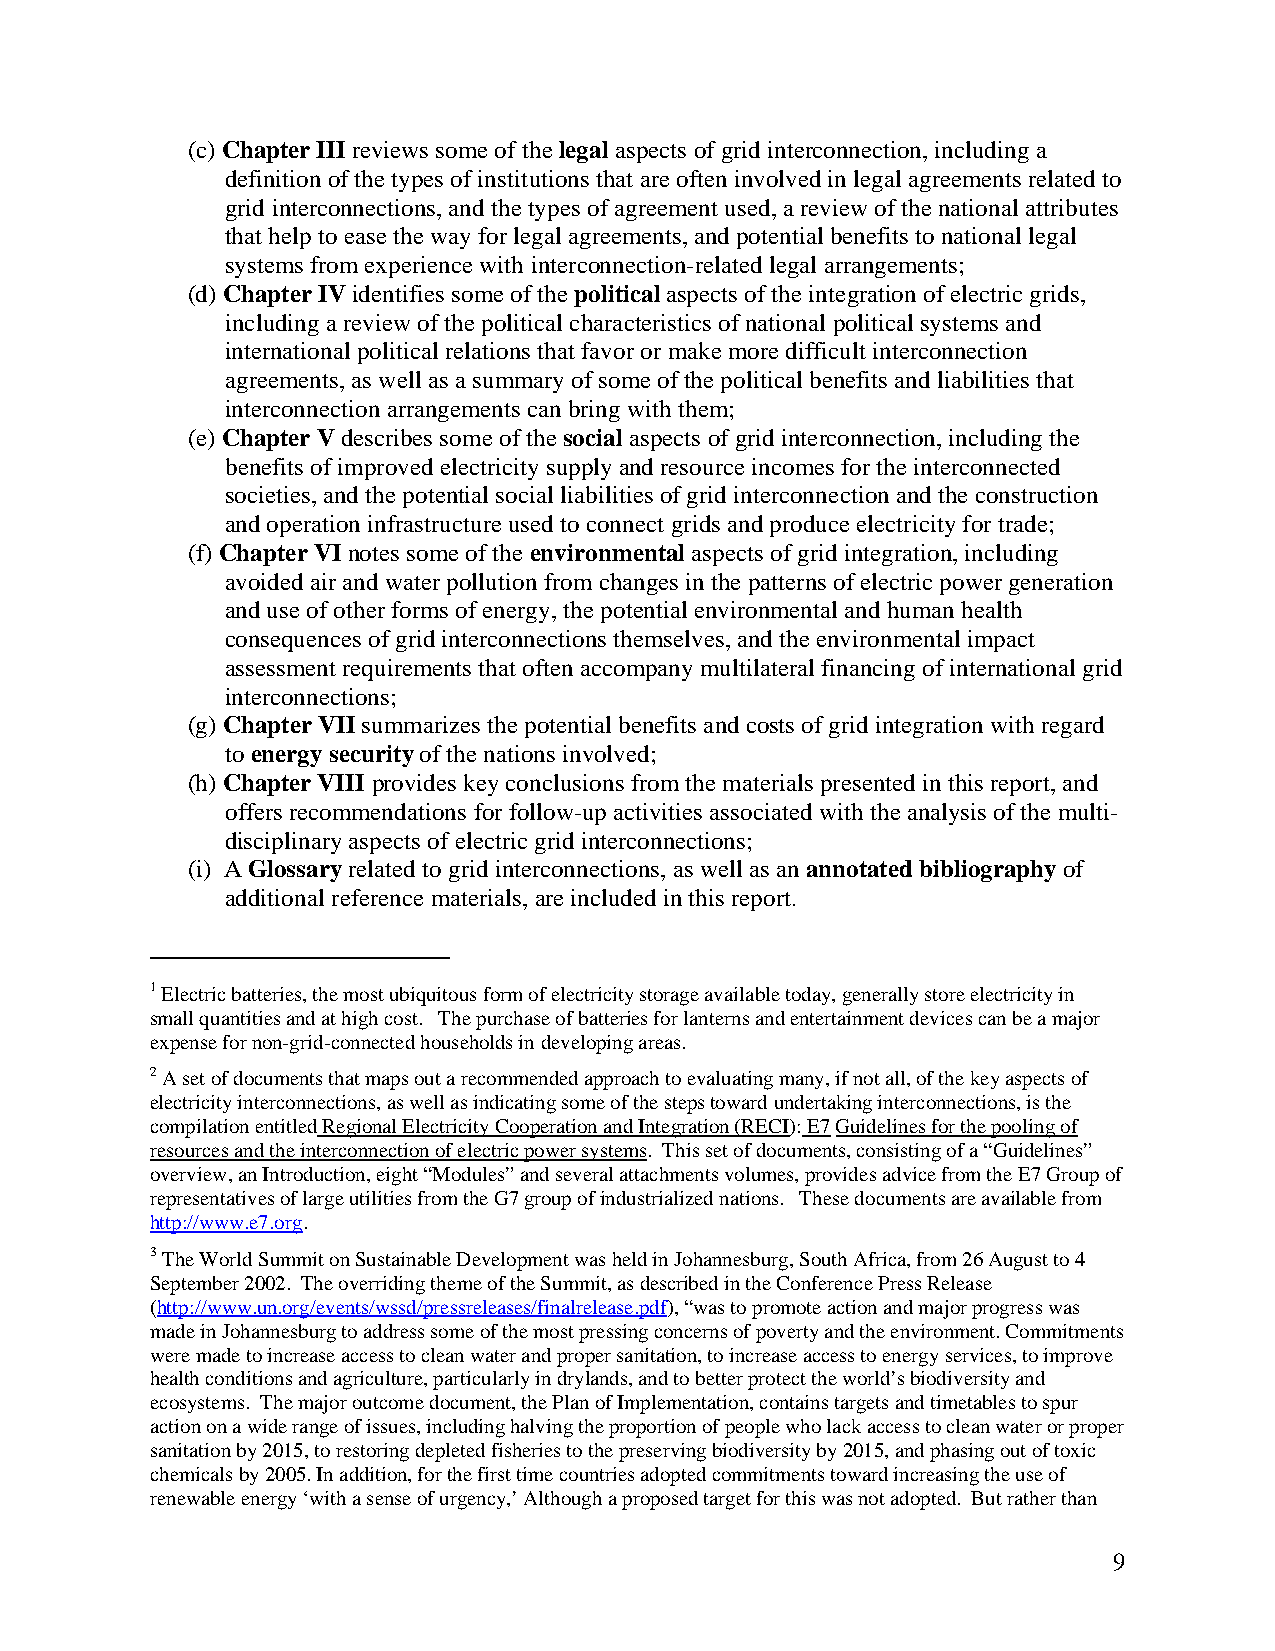
(c) Chapter III reviews some of the legal aspects of grid interconnection, including a
 definition of the types of institutions that are often involved in legal agreements related to
 grid interconnections, and the types of agreement used, a review of the national attributes
 that help to ease the way for legal agreements, and potential benefits to national legal
 systems from experience with interconnection-related legal arrangements;
 (d) Chapter IV identifies some of the political aspects of the integration of electric grids,
 including a review of the political characteristics of national political systems and
 international political relations that favor or make more difficult interconnection
 agreements, as well as a summary of some of the political benefits and liabilities that
 interconnection arrangements can bring with them;
 (e) Chapter V describes some of the social aspects of grid interconnection, including the
 benefits of improved electricity supply and resource incomes for the interconnected
 societies, and the potential social liabilities of grid interconnection and the construction
 and operation infrastructure used to connect grids and produce electricity for trade;
 (f) Chapter VI notes some of the environmental aspects of grid integration, including
 avoided air and water pollution from changes in the patterns of electric power generation
 and use of other forms of energy, the potential environmental and human health
 consequences of grid interconnections themselves, and the environmental impact
 assessment requirements that often accompany multilateral financing of international grid
 interconnections;
 (g) Chapter VII summarizes the potential benefits and costs of grid integration with regard
 to energy security of the nations involved;
 (h) Chapter VIII provides key conclusions from the materials presented in this report, and
 offers recommendations for follow-up activities associated with the analysis of the multi-
 disciplinary aspects of electric grid interconnections;
 (i) A Glossary related to grid interconnections, as well as an annotated bibliography of
 additional reference materials, are included in this report.
 1 Electric batteries, the most ubiquitous form of electricity storage available today, generally store electricity in
 small quantities and at high cost. The purchase of batteries for lanterns and entertainment devices can be a major
 expense for non-grid-connected households in developing areas.
 2 A set of documents that maps out a recommended approach to evaluating many, if not all, of the key aspects of
 electricity interconnections, as well as indicating some of the steps toward undertaking interconnections, is the
 compilation entitled Regional Electricity Cooperation and Integration (RECI): E7 Guidelines for the pooling of
 resources and the interconnection of electric power systems. This set of documents, consisting of a “Guidelines”
 overview, an Introduction, eight “Modules” and several attachments volumes, provides advice from the E7 Group of
 representatives of large utilities from the G7 group of industrialized nations. These documents are available from
 http://www.e7.org.
 3 The World Summit on Sustainable Development was held in Johannesburg, South Africa, from 26 August to 4
 September 2002. The overriding theme of the Summit, as described in the Conference Press Release
 (http://www.un.org/events/wssd/pressreleases/finalrelease.pdf), “was to promote action and major progress was
 made in Johannesburg to address some of the most pressing concerns of poverty and the environment. Commitments
 were made to increase access to clean water and proper sanitation, to increase access to energy services, to improve
 health conditions and agriculture, particularly in drylands, and to better protect the world’s biodiversity and
 ecosystems. The major outcome document, the Plan of Implementation, contains targets and timetables to spur
 action on a wide range of issues, including halving the proportion of people who lack access to clean water or proper
 sanitation by 2015, to restoring depleted fisheries to the preserving biodiversity by 2015, and phasing out of toxic
 chemicals by 2005. In addition, for the first time countries adopted commitments toward increasing the use of
 renewable energy ‘with a sense of urgency,’ Although a proposed target for this was not adopted. But rather than
 9